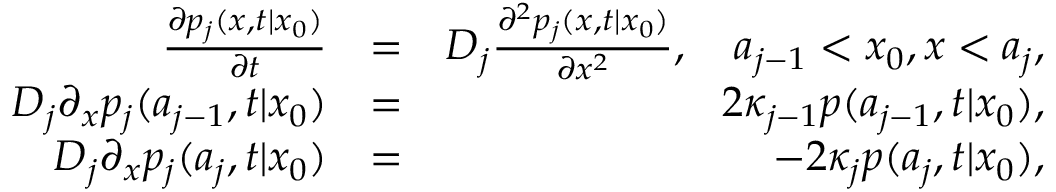
\begin{array} { r l r } { \frac { \partial p _ { j } ( x , t | x _ { 0 } ) } { \partial t } } & { = } & { D _ { j } \frac { \partial ^ { 2 } p _ { j } ( x , t | x _ { 0 } ) } { \partial x ^ { 2 } } , \quad a _ { j - 1 } < x _ { 0 } , x < a _ { j } , } \\ { D _ { j } \partial _ { x } p _ { j } ( a _ { j - 1 } , t | x _ { 0 } ) } & { = } & { 2 \kappa _ { j - 1 } p ( a _ { j - 1 } , t | x _ { 0 } ) , } \\ { D _ { j } \partial _ { x } p _ { j } ( a _ { j } , t | x _ { 0 } ) } & { = } & { - 2 \kappa _ { j } p ( a _ { j } , t | x _ { 0 } ) , } \end{array}